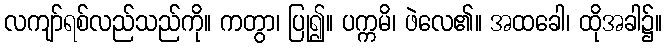
လကျာ်ရစ်လည်သည်ကို။ ကတွာ၊ ပြု၍။ ပက္ကမိ၊ ဖဲလေ၏။ အထခေါ၊ ထိုအခါ၌။